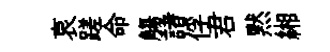
哀蹉命觴諸俘君黙緗